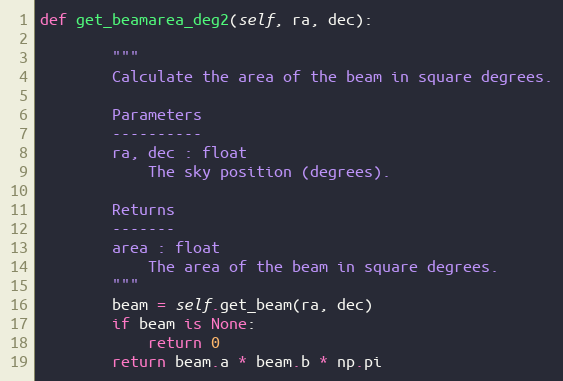
Language: Python
def get_beamarea_deg2(self, ra, dec):

        """
        Calculate the area of the beam in square degrees.

        Parameters
        ----------
        ra, dec : float
            The sky position (degrees).

        Returns
        -------
        area : float
            The area of the beam in square degrees.
        """
        beam = self.get_beam(ra, dec)
        if beam is None:
            return 0
        return beam.a * beam.b * np.pi